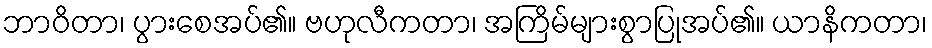
ဘာဝိတာ၊ ပွားစေအပ်၏။ ဗဟုလီကတာ၊ အကြိမ်များစွာပြုအပ်၏။ ယာနိကတာ၊